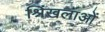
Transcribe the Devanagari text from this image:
श्रिंखलाओं